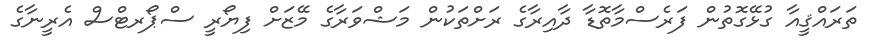
ތަރައްޤީއާ ގުޅޭގޮތުން ފަރެސްމާތޮޑާ ދާއިރާގެ ރަށްތަކުން މަޝްވަރާގެ މޭޒަށް ފިޔޯރީ ސްޕޯރޓްސް އެރީނާގެ